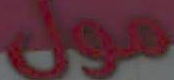
مول